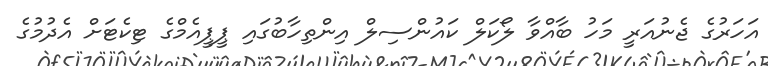
އަހަރުގެ ޖެނުއަރީ މަހު ބާއްވާ ލޯކަލް ކައުންސިލް އިންތިހާބުގައި ޕީޕީއެމްގެ ޓިކެޓަށް އެދުމުގެ